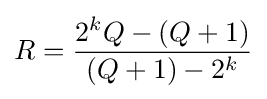
R={\frac {2^{k}Q-(Q+1)}{(Q+1)-2^{k}}}